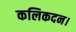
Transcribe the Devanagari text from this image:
कलिकदन।